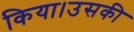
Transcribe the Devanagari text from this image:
किया।उसकी